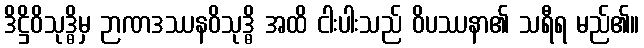
ဒိဋ္ဌိဝိသုဒ္ဓိမှ ဉာဏဒဿနဝိသုဒ္ဓိ အထိ ငါးပါးသည် ဝိပဿနာ၏ သရီရ မည်၏။